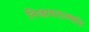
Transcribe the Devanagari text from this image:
निजामराज्यांत